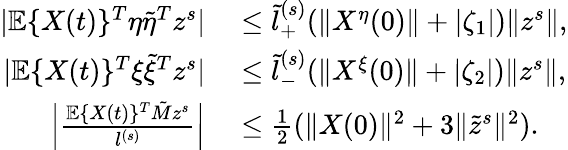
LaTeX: \begin{array}{rl}{|\mathbb{E}\{ X(t)\} ^{T}\eta\tilde{\eta}^{T}z^{s}|}&{{}\le\tilde{l}_{+}^{(s)}(\| X^{\eta}(0)\| +|\zeta_{1}|)\| z^{s}\| ,}\\ {|\mathbb{E}\{ X(t)\} ^{T}\xi\tilde{\xi}^{T}z^{s}|}&{{}\le\tilde{l}_{-}^{(s)}(\| X^{\xi}(0)\| +|\zeta_{2}|)\| z^{s}\| ,}\\ {\Big|\frac{\mathbb{E}\{ X(t)\} ^{T}\tilde{M}z^{s}}{l^{(s)}}\Big|}&{{}\le\frac{1}{2}(\| X(0)\| ^{2}+3\| \tilde{z}^{s}\| ^{2}).}\end{array}